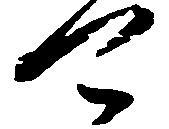
可